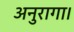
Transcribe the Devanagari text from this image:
अनुरागा।